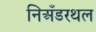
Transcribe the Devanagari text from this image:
निअँडरथल